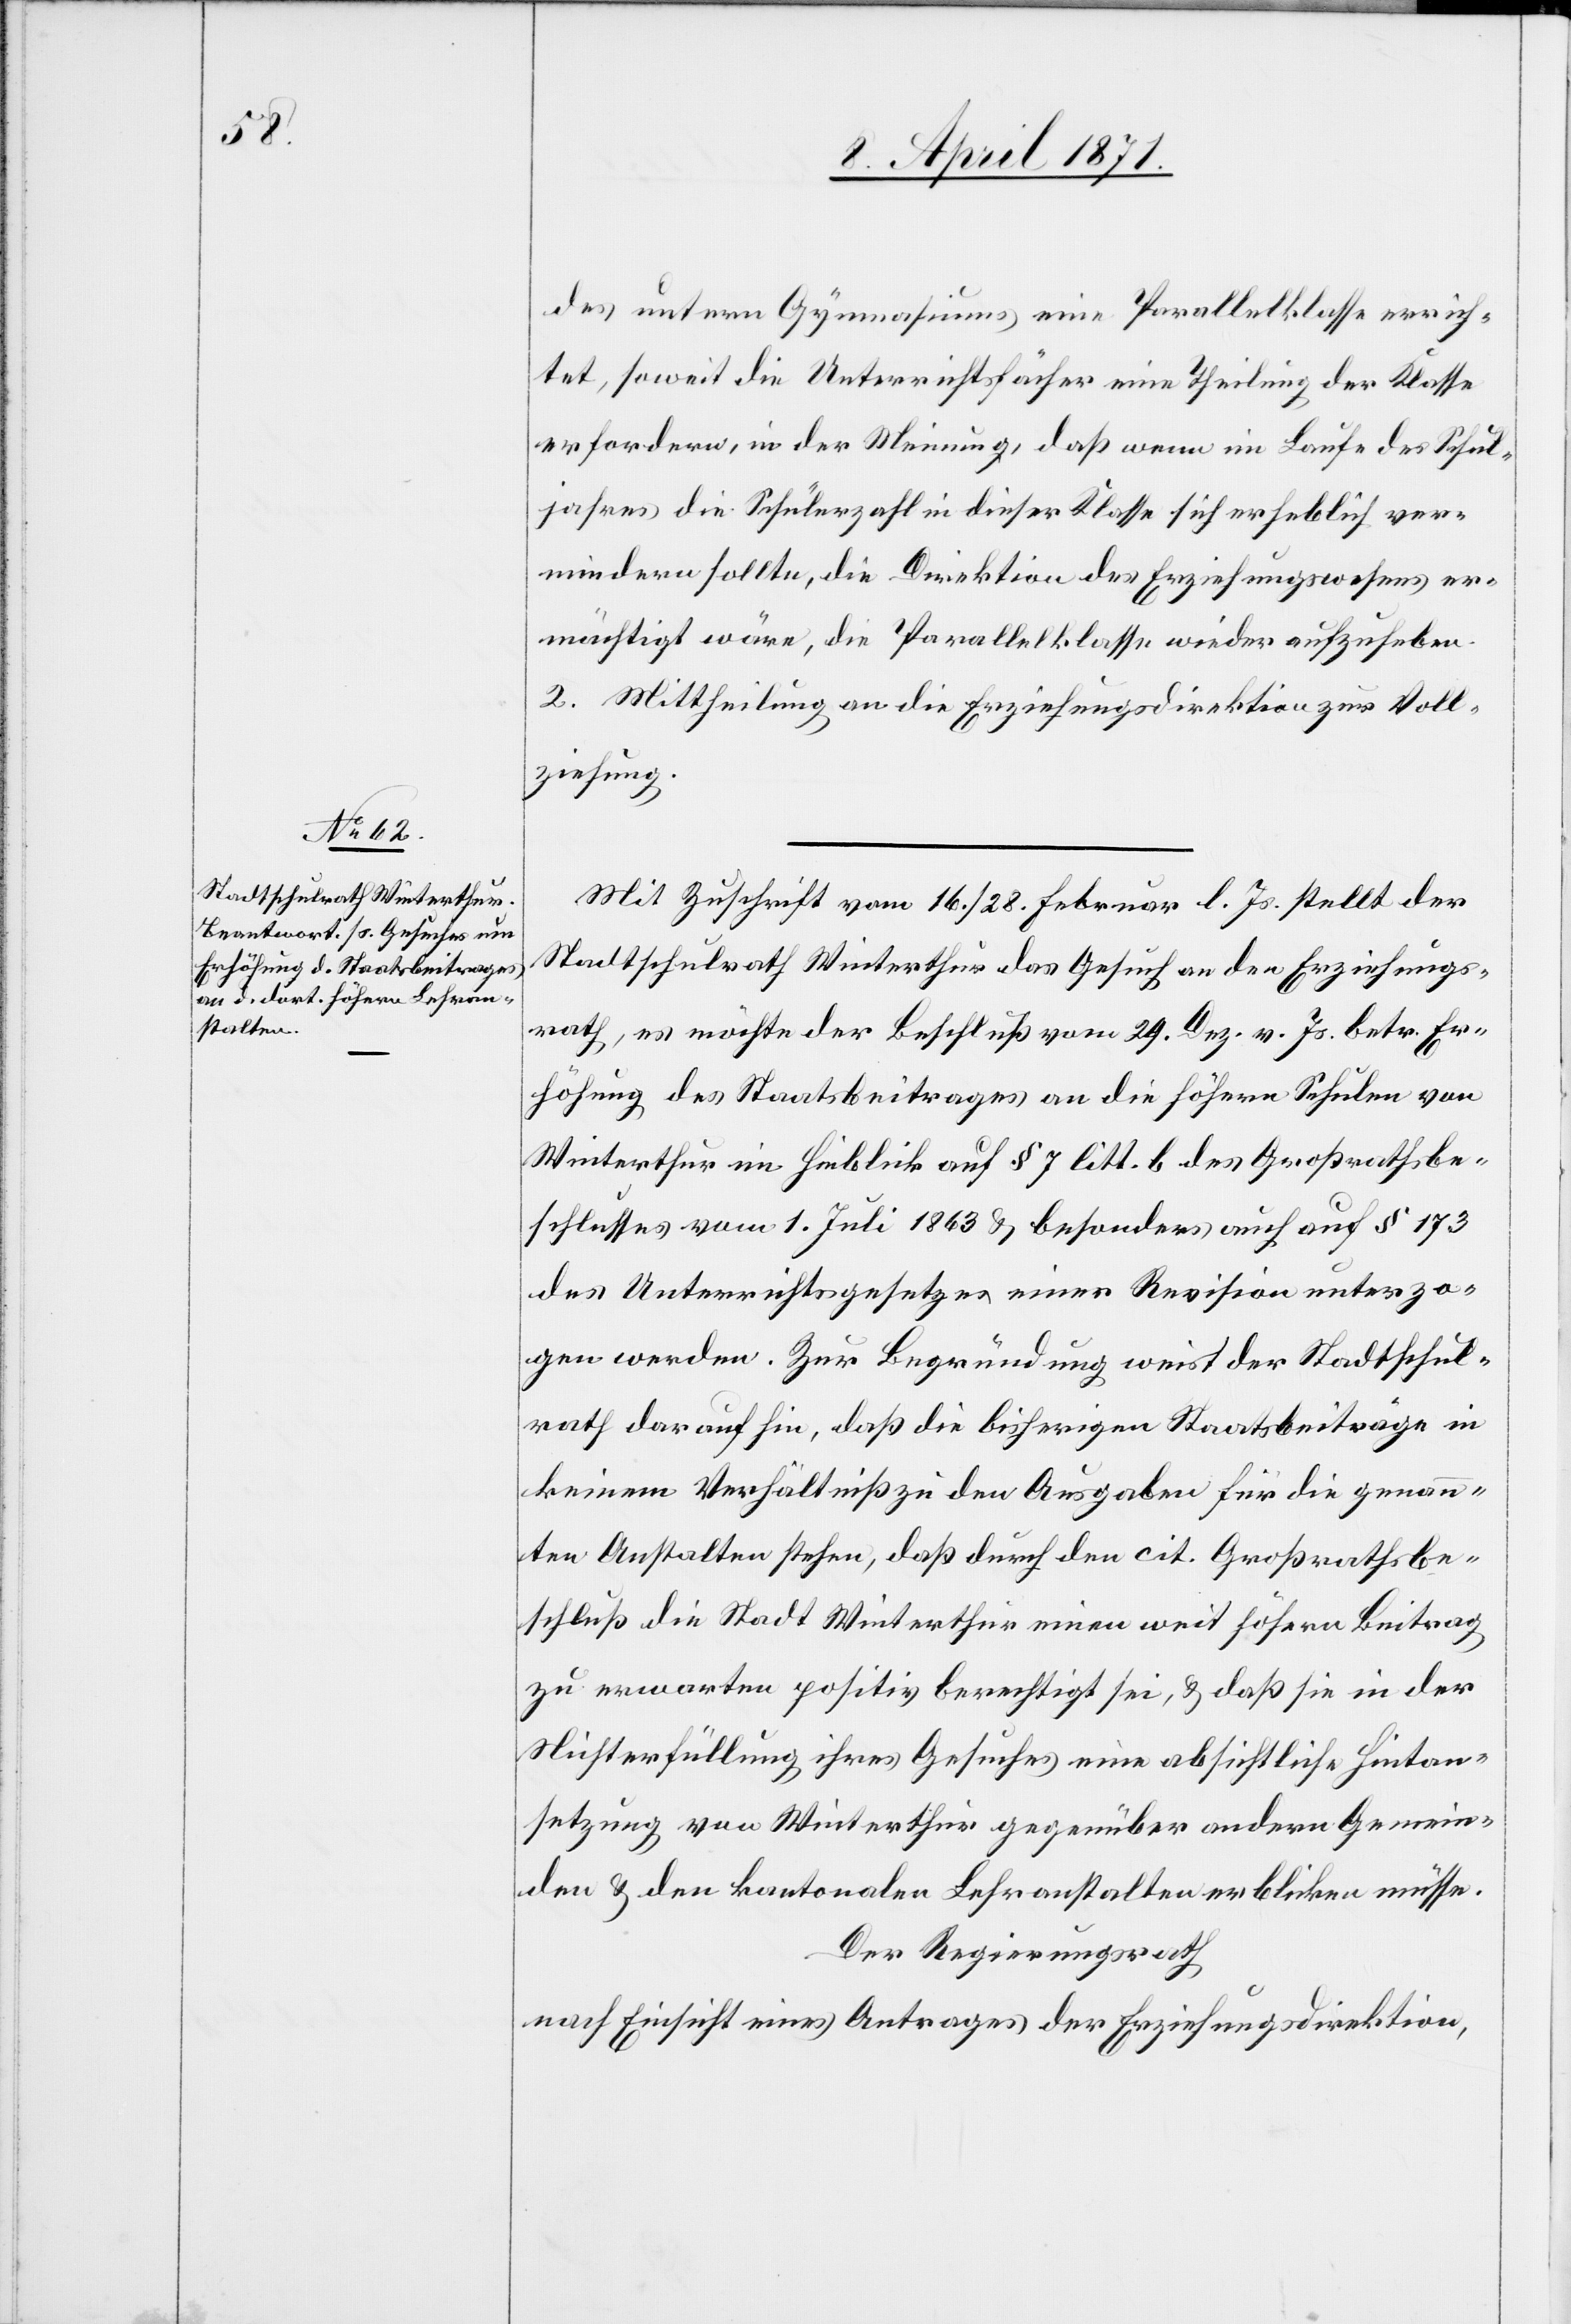
des untern Gymnasiums eine Parallelklasse errich¬
tet, soweit die Unterrichtsfächer eine Theilung der Klasse
erfordern, in der Meinung, daß wenn im Laufe des Schul¬
jahres die Schülerzahl in dieser Klasse sich erheblich ver¬
mindern sollte, die Direktion des Erziehungswesens er¬
mächtigt wäre, die Parallelklasse wieder aufzuheben.
2. Mittheilung an die Erziehungsdirektion zur Voll¬
ziehung.
Mit Zuschrift vom 16. / 28. Februar l. Js. stellt der
Stadtschulrath Winterthur das Gesuch an den Erziehungs¬
rath, es möchte der Beschluß vom 29. Dez. v. Js. betr. Er¬
höhung des Staatsbeitrages an die höhern Schulen von
Winterthur in Hinblick auf § 7 litt. b des Großrathsbe¬
schlusses vom 1. Juli 1863 u. besonders auch auf § 173
des Unterrichtsgesetzes einer Revision unterzo¬
gen werden. Zur Begründung weist der Stadtschul¬
rath darauf hin, daß die bisherigen Staatsbeiträge in
keinem Verhältniß zu den Ausgaben für die genann¬
ten Anstalten stehen, daß durch den cit. Großrathsbe¬
schluß die Stadt Winterthur einen weit höhern Beitrag
zu erwarten positiv berechtigt sei, u. daß sie in der
Nichterfüllung ihres Gesuches eine absichtliche Hintan¬
setzung von Winterthur gegenüber andern Gemein¬
den u. den kantonalen Lehranstalten erblicken müsse.
Der Regierungsrath
nach Einsicht eines Antrages der Erziehungsdirektion,